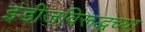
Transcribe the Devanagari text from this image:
इंडीजविरूद्धच्या